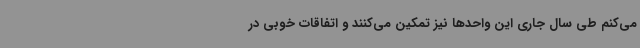
می‌کنم طی سال جاری این واحدها نیز تمکین می‌کنند و اتفاقات خوبی در